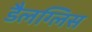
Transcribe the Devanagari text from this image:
डैलग्लिस